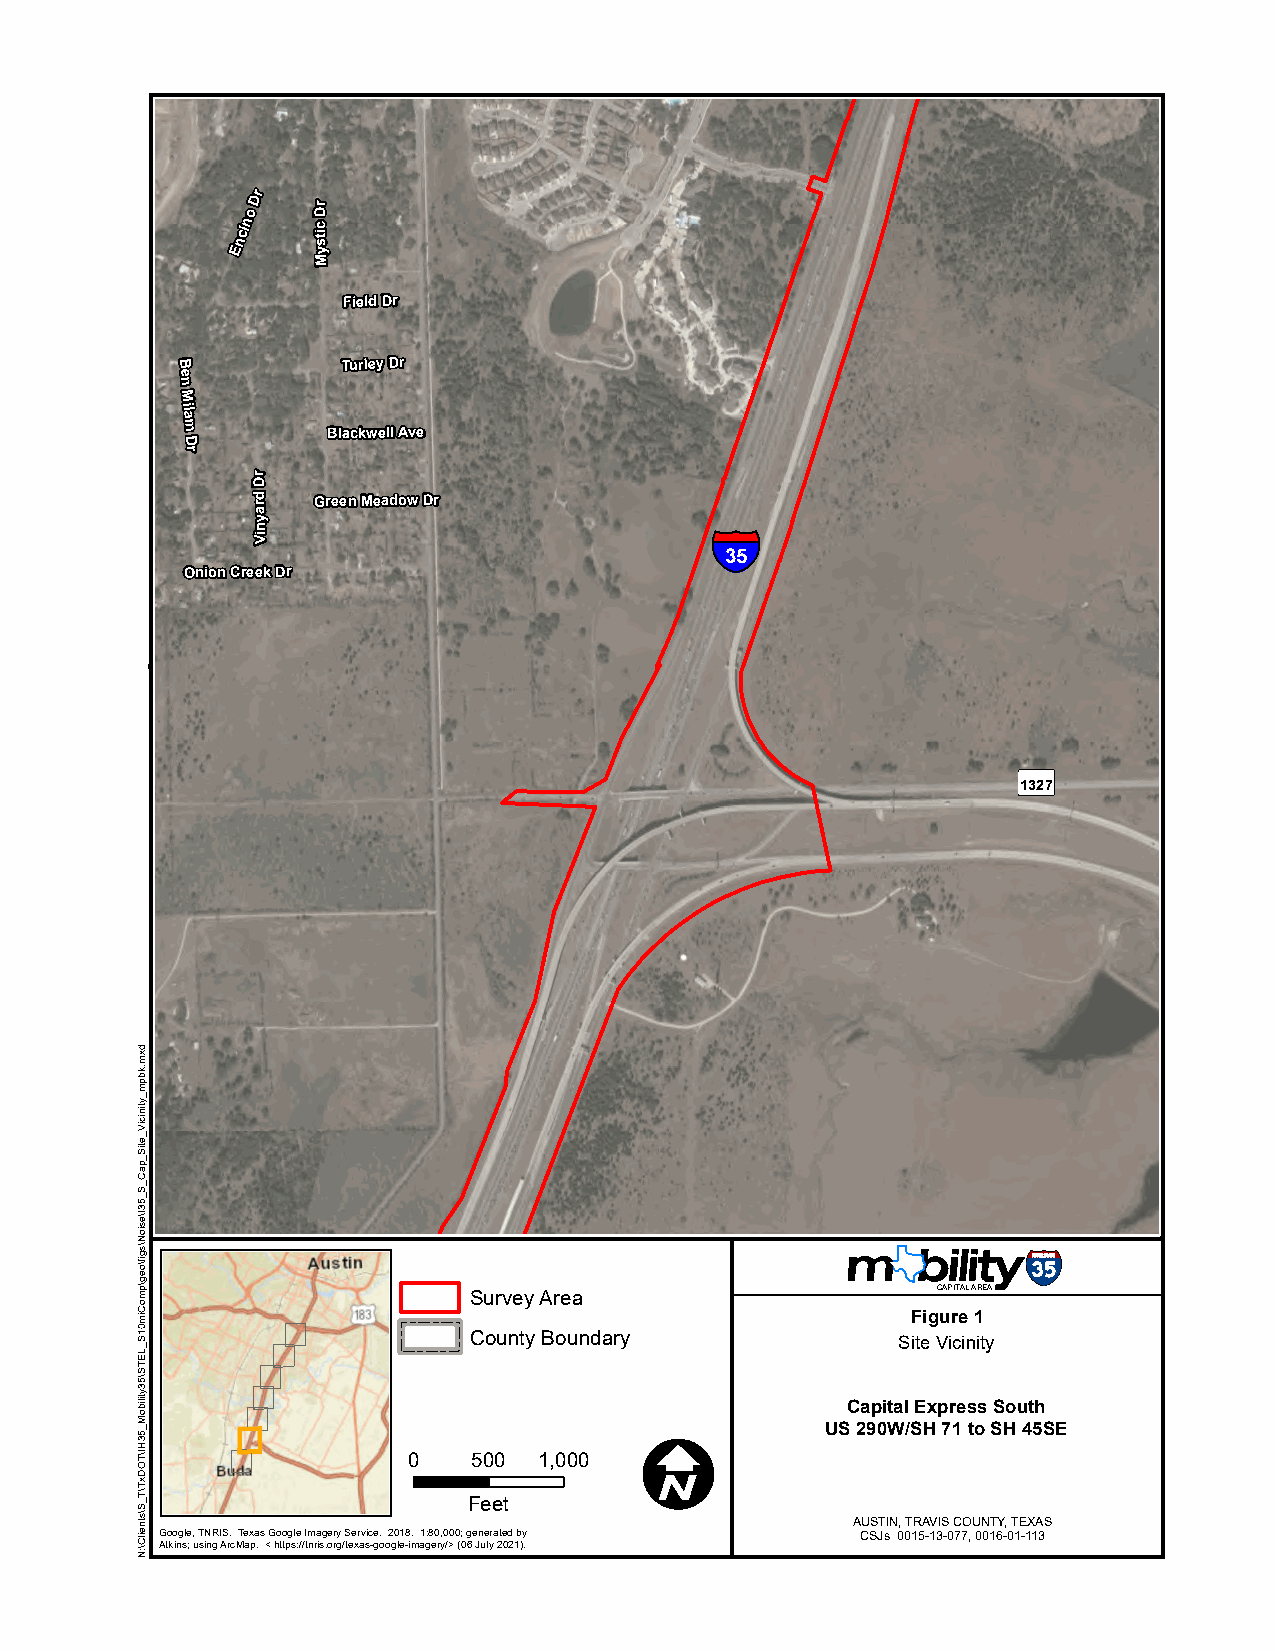
o
 Dr
 rD
 Encin c
 its
 y
 M
 Field Dr
 B           Turley Dr
 e
 n
 M
 ila
 m
 D
 Blackwell Ave
 r
 rD
 d ra Green Meadow Dr
 y
 n                             §¨¦
 iV
 35
 Onion Creek Dr
 Å
 1327
 Survey Area                    CAPITAL AREA
 Figure 1
 County Boundary             Site Vicinity
 Capital Express South
 I           US 290W/SH 71 to SH 45SE
 0   500  1,000
 Feet
 AUSTIN, TRAVIS COUNTY, TEXAS
 Google, TNRIS. Texas Google Imagery Service. 2018. 1:80,000; generated by CSJs 0015-13-077, 0016-01-113
 Atkins; using ArcMap. < https://tnris.org/texas-google-imagery/> (06 July 2021).
 dxm.kbpm_ytiniciV_etiS_paC_S_53I\esioN\sgif\oeg\pmoCim01S_LETS\53ytiliboM_53HI\TODxT\T_S\stneilC\:N